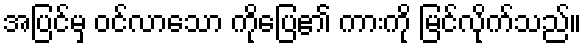
အပြင်မှ ဝင်လာသော ကိုပြေ၏ ကားကို မြင်လိုက်သည်။